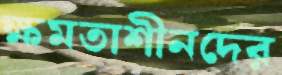
ক্ষমতাশীনদের